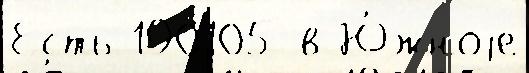
Есть 190105 в Ю́жноjе